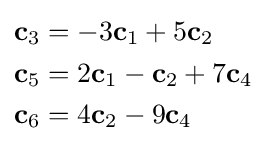
{\begin{alignedat}{1}\mathbf {c} _{3}&=-3\mathbf {c} _{1}+5\mathbf {c} _{2}\\\mathbf {c} _{5}&=2\mathbf {c} _{1}-\mathbf {c} _{2}+7\mathbf {c} _{4}\\\mathbf {c} _{6}&=4\mathbf {c} _{2}-9\mathbf {c} _{4}\end{alignedat}}